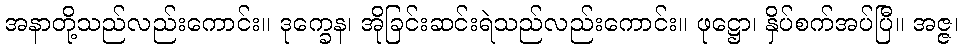
အနာတို့သည်လည်းကောင်း။ ဒုက္ခေန၊ အိုခြင်းဆင်းရဲသည်လည်းကောင်း။ ဖုဋ္ဌော၊ နှိပ်စက်အပ်ပြီ။ အဇ္ဇ၊